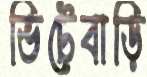
ভিটেবাড়ি